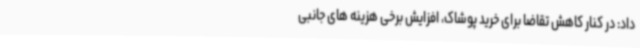
داد: در کنار کاهش تقاضا برای خرید پوشاک، افزایش برخی هزینه های جانبی